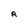
Character: R